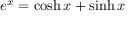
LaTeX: e ^ { x } = \cosh x + \sinh x